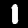
Digit: 1